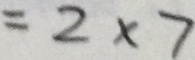
= 2 \times 7